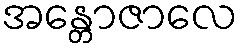
အန္တောဇာလေ